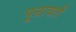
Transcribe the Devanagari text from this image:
पून्रावर्ती